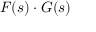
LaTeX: F ( s ) \cdot G ( s )